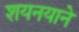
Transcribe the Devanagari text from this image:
शयनयाने